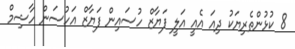
8 ކުޅުންތެރިޔަކު ދިއަ އެއީ އަލީ ފަޔާޒް ހުސައިން ފަޔާޒް އަހުސަން ހާޝިމް